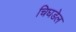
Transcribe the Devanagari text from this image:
चिघडेल